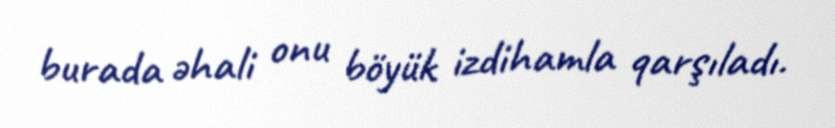
burada əhali onu böyük izdihamla qarşıladı.